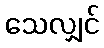
သေလျှင်